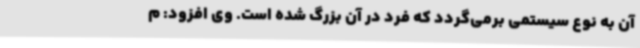
آن به نوع سیستمی برمی‌گردد که فرد در آن بزرگ شده است. وی افزود: م